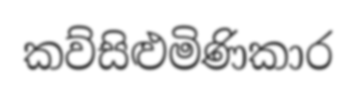
කව්සිළුමිණිකාර